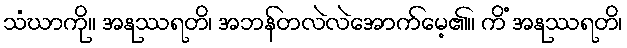
သံဃာကို။ အနုဿရတိ၊ အဘန်တလဲလဲအောက်မေ့၏။ ကိံ အနုဿရတိ၊